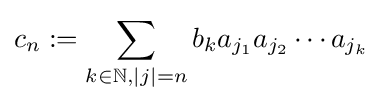
c_{n}:=\sum _{k\in \mathbb {N} ,|j|=n}b_{k}a_{j_{1}}a_{j_{2}}\cdots a_{j_{k}}